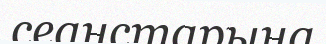
сеанстарына